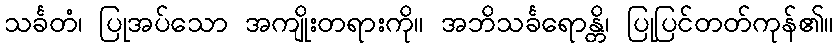
သင်္ခတံ၊ ပြုအပ်သော အကျိုးတရားကို။ အဘိသင်္ခရောန္တိ၊ ပြုပြင်တတ်ကုန်၏။